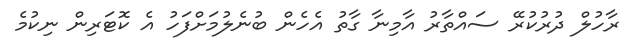
ރާހުލް ދުރުކުރޭ ސައްތާރު އާމިނާ ގާތު އެހެން ބުނެލުމަށްފަހު އެ ކޮޓަރިން ނިކުމެ